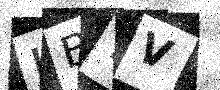
Text: LBTV